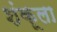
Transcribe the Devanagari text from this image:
शंकूला